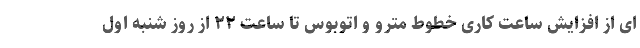
ای از افزایش ساعت کاری خطوط مترو و اتوبوس تا ساعت ٢٢ از روز شنبه اول